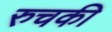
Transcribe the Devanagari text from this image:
रुचकी